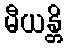
မီယန္တိ